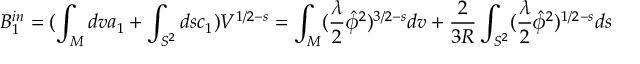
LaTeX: B _ { 1 } ^ { i n } = ( \int _ { M } d v a _ { 1 } + \int _ { S ^ { 2 } } d s c _ { 1 } ) V ^ { 1 / 2 - s } = \int _ { M } ( \frac { \lambda } { 2 } \hat { \phi } ^ { 2 } ) ^ { 3 / 2 - s } d v + \frac { 2 } { 3 R } \int _ { S ^ { 2 } } ( \frac { \lambda } { 2 } \hat { \phi } ^ { 2 } ) ^ { 1 / 2 - s } d s